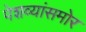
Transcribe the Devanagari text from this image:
पेशव्यांसमोर